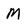
Character: M